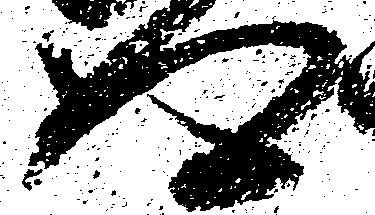
得